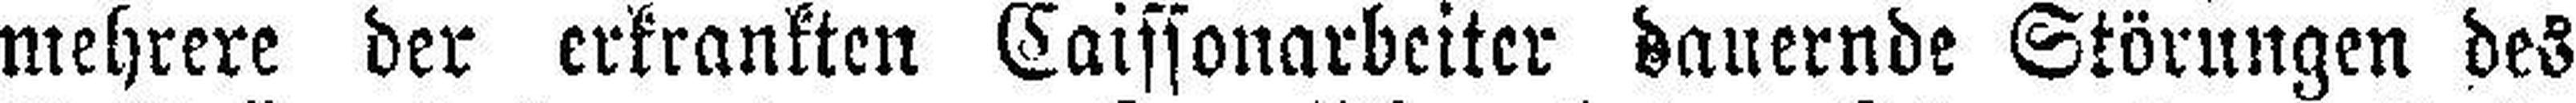
mehrere der erkrankten Caissonarbeiter dauernde Störungen des